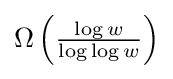
\Omega \left({\tfrac {\log w}{\log \log w}}\right)